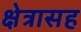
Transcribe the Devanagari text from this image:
क्षेत्रासह